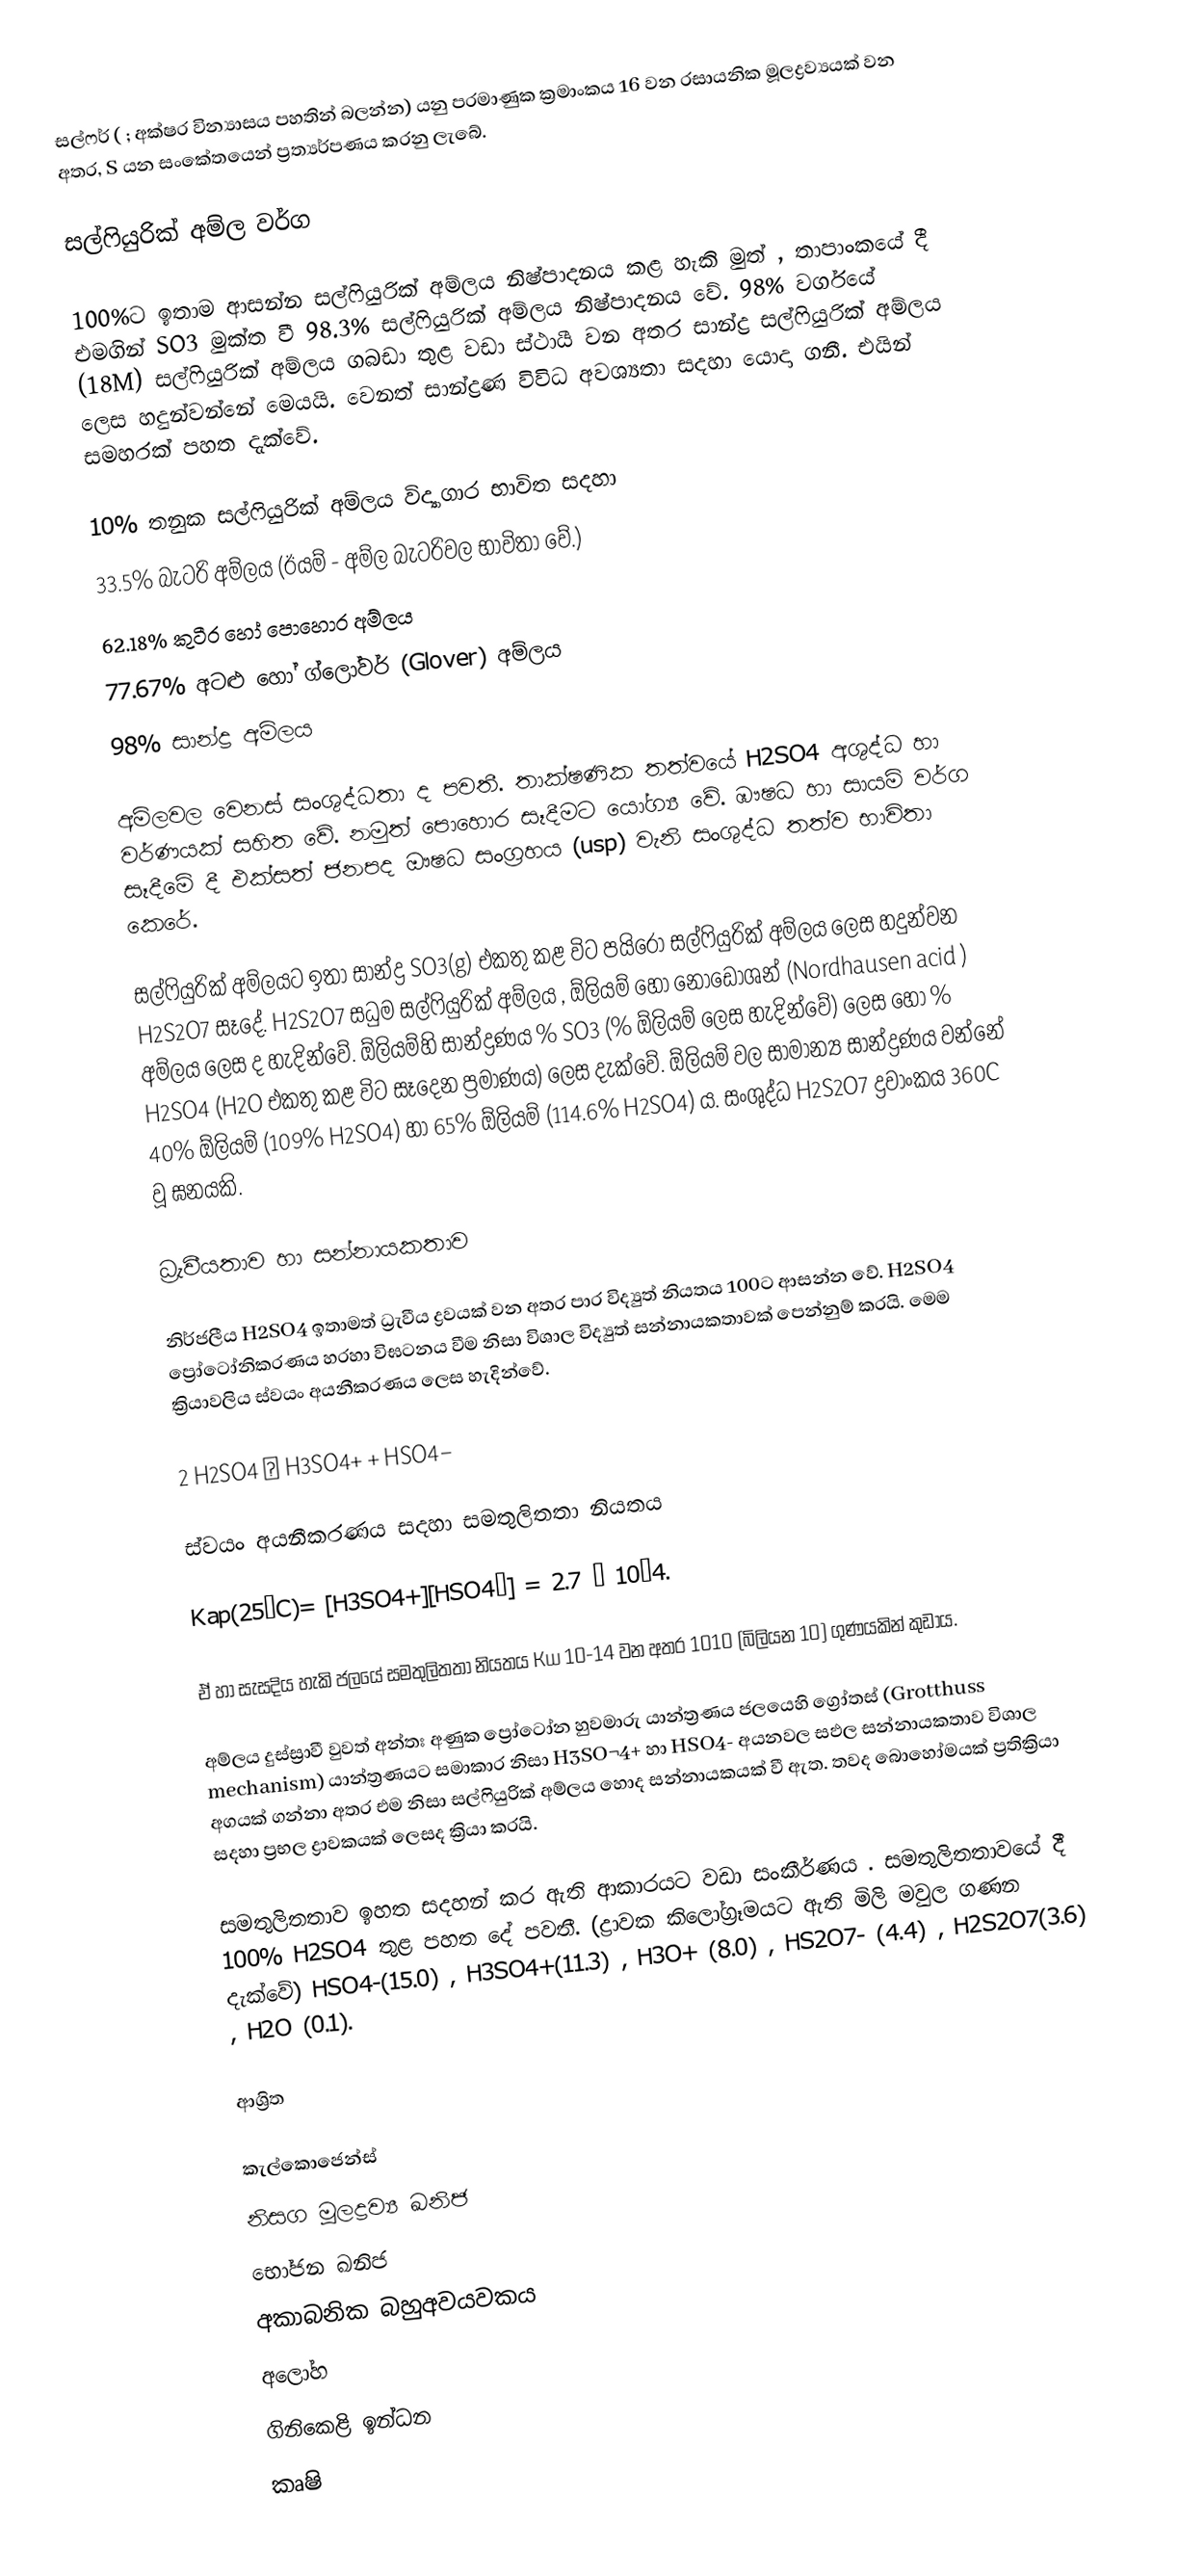
සල්ෆර් ( ; අක්ෂර වින්‍යාසය පහතින් බලන්න) යනු පරමාණුක ක්‍රමාංකය 16 වන රසායනික මූලද්‍රව්‍යයක් වන අතර, S යන සංකේතයෙන් ප්‍රත්‍යර්පණය කරනු ලැබේ.

සල්ෆියුරික් අම්ල වර්ග

100%ට ඉතාම ආසන්න ‍සල්ෆියුරික් අම්ලය නිෂ්පාදනය කළ හැකි මුත් , තාපාංකයේ දී එමගින් SO3  මුක්ත වී 98.3% සල්ෆියුරික් අම්ලය නිෂ්පාදනය වේ. 98% වර්ගයේ (18M)  සල්ෆියුරික් අම්ලය ගබඩා තුළ වඩා ස්ථායී වන අතර සාන්ද්‍ර සල්ෆියුරික් අම්ලය ලෙස හදුන්වන්නේ මෙයයි. වෙනත් සාන්ද්‍රණ විවිධ අවශ්‍යතා සදහා යොදා ගනී. එයින් සමහරක් පහත දැක්වේ.

	10%  තනුක සල්ෆියුරික් අම්ලය විද්‍යාගාර භාවිත සදහා
	33.5%  බැටරි අම්ලය (ඊයම් - අම්ල බැටරිවල භාවිතා වේ.)
	62.18%  කුටීර හෝ පොහොර අම්ලය
	77.67% අටළු හෝ ග්ලෝවර් (Glover) අම්ලය
	98% සාන්ද්‍ර අම්ලය

අම්ලවල වෙනස් සංශුද්ධතා ද පවතී. තාක්ෂණික තත්වයේ H2SO4  අශුද්ධ හා වර්ණයක් සහිත වේ. නමුත් පොහොර සෑදීමට යෝග්‍ය වේ. ඹෟෂධ හා සායම් වර්ග සෑදීමේ දී එක්සත් ජනපද ඖෂධ සංග්‍රහය (usp)  වැනි සංශුද්ධ තත්ව භාවිතා කෙරේ.

සල්ෆියුරික් අම්ලයට ඉතා සාන්ද්‍ර SO3(g)  එකතු කළ විට පයිරො සල්ෆියුරික් අම්ලය ලෙස හදුන්වන  H2S2O7  සෑදේ. H2S2O7  සධුම සල්ෆියුරික් අම්ලය , ඕලියම් හෝ  නෝ‍ඩෝශන්  (Nordhausen acid )  අම්ලය ලෙස ද හැදින්වේ. ඕලියම්හි සාන්ද්‍රණය % SO3  (% ඕලියම් ලෙස හැදින්වේ) ලෙස හෝ % H2SO4  (H2O  එකතු කළ විට සෑදෙන ප්‍රමාණය) ලෙස දැක්වේ. ඕලියම් වල සාමාන්‍ය සාන්ද්‍රණය වන්නේ  40% ඕලියම් (109% H2SO4)  හා 65% ඕලියම් (114.6% H2SO4)  ය. සංශුද්ධ  H2S2O7 ද්‍රවාංකය 360C  වූ ඝනයකි.

ධ්‍රැවීයතාව  හා සන්නායකතාව

නිර්ජලීය H2SO4  ඉතාමත් ධ්‍රැවීය ද්‍රවයක් වන අතර පාර විද්‍යුත් නියතය 100ට ආසන්න වේ. H2SO4  ප්‍රෝටෝනිකරණය හරහා විඝටනය වීම නිසා විශාල විද්‍යුත් සන්නායකතාවක් පෙන්නුම් කරයි. මෙම ක්‍රියාවලිය ස්වයං අයනීකරණය ලෙස හැදින්වේ.

2 H2SO4 ⇌ H3SO4+ + HSO4−

ස්වයං අයනීකරණය සදහා සමතුලිතතා නියතය

Kap(25°C)= [H3SO4+][HSO4−] = 2.7 × 10−4.

ඒ හා සැසදිය හැකි ජලයේ සමතුලිතතා නියතය Kw 10-14  වන අතර 1010 (බිලියන 10) ගුණයකින් කුඩාය.

අම්ලය දුස්ස්‍රාවී වුවත් අන්තඃ අණුක ප්‍රෝටෝන හුවමාරු යාන්ත්‍රණය ජලයෙහි ග්‍රෝතස් (Grotthuss mechanism)  යාන්ත්‍රණයට සමාකාර නිසා  H3SO¬4+  හා HSO4-  අයනවල සඵල සන්නායකතාව විශාල අගයක් ගන්නා අතර එම නිසා සල්ෆියුරික් අම්ලය හොද සන්නායකයක් වී ඇත. තවද   බොහෝමයක් ප්‍රතික්‍රියා සදහා ප්‍රභල ද්‍රාවකයක් ලෙසද ක්‍රියා කරයි.

සමතුලිතතා‍ව ඉහත සදහන් කර ඇති ආකාරයට වඩා සංකීර්ණය . සමතුලිතතාවයේ දී 100% H2SO4  තුළ පහත දේ පවතී. (ද්‍රාවක කිලෝග්‍රෑමයට ඇති මිලි මවුල ගණන දැක්වේ) HSO4-(15.0) , H3SO4+(11.3)  , H3O+ (8.0) , HS2O7- (4.4) , H2S2O7(3.6) , H2O (0.1).

ආශ්‍රිත

කැල්කොජෙන්ස්
නිසග මූලද්‍රව්‍ය ඛනිජ
භෝජන ඛනිජ
අකාබනික බහුඅවයවකය
අලෝහ
ගිනිකෙළි ඉන්ධන
කෘෂි